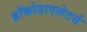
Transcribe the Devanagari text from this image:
ब्रॉकोडाएलेटर्स